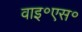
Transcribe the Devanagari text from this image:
वाइ॰एस॰